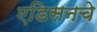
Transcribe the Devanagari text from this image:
एडिसनचे